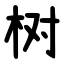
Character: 树